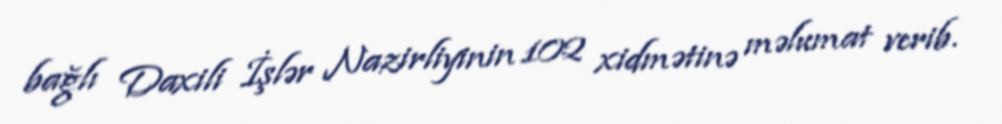
bağlı Daxili İşlər Nazirliyinin 102 xidmətinə məlumat verib.